Source: Handwritten
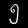
Digit: ၅ (5)